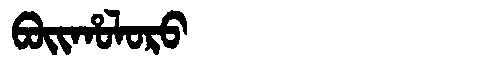
Manchu: ᠪᠣᡳᡥᠣᠯᠣᡵᠣ
Romanization: BOIHOLORO